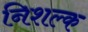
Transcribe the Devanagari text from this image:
निशल्क